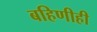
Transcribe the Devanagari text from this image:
बहिणीही